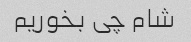
شام چی بخوریم